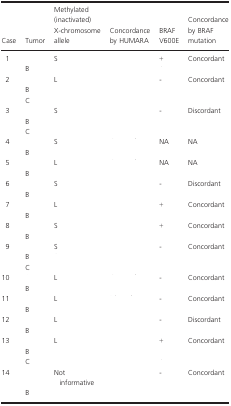
<table><thead><tr><td><b>Case</b></td><td><b>Tumor</b></td><td><b>Methylated (inactivated) X-chromosome allele</b></td><td><b>Concordance by HUMARA</b></td><td><b>BRAF V600E</b></td><td><b>Concordance by BRAF mutation</b></td></tr></thead><tbody><tr><td rowspan="2">1</td><td>[EMPTY_CELL]</td><td>S</td><td>[EMPTY_CELL]</td><td>+</td><td>Concordant</td></tr><tr><td>B</td><td>[EMPTY_CELL]</td><td>[EMPTY_CELL]</td><td>[EMPTY_CELL]</td><td>[EMPTY_CELL]</td></tr><tr><td rowspan="3">2</td><td>[EMPTY_CELL]</td><td>L</td><td>[EMPTY_CELL]</td><td>-</td><td>Concordant</td></tr><tr><td>B</td><td>[EMPTY_CELL]</td><td>[EMPTY_CELL]</td><td>[EMPTY_CELL]</td><td>[EMPTY_CELL]</td></tr><tr><td>C</td><td>[EMPTY_CELL]</td><td>[EMPTY_CELL]</td><td>[EMPTY_CELL]</td><td>[EMPTY_CELL]</td></tr><tr><td rowspan="3">3</td><td>[EMPTY_CELL]</td><td>S</td><td>[EMPTY_CELL]</td><td>-</td><td>Discordant</td></tr><tr><td>B</td><td>[EMPTY_CELL]</td><td>[EMPTY_CELL]</td><td>[EMPTY_CELL]</td><td>[EMPTY_CELL]</td></tr><tr><td>C</td><td>[EMPTY_CELL]</td><td>[EMPTY_CELL]</td><td>[EMPTY_CELL]</td><td>[EMPTY_CELL]</td></tr><tr><td rowspan="2">4</td><td>[EMPTY_CELL]</td><td>S</td><td>[EMPTY_CELL]</td><td>NA</td><td>NA</td></tr><tr><td>B</td><td>[EMPTY_CELL]</td><td>[EMPTY_CELL]</td><td>[EMPTY_CELL]</td><td>[EMPTY_CELL]</td></tr><tr><td rowspan="2">5</td><td>[EMPTY_CELL]</td><td>L</td><td>[EMPTY_CELL]</td><td>NA</td><td>NA</td></tr><tr><td>B</td><td>[EMPTY_CELL]</td><td>[EMPTY_CELL]</td><td>[EMPTY_CELL]</td><td>[EMPTY_CELL]</td></tr><tr><td rowspan="2">6</td><td>[EMPTY_CELL]</td><td>S</td><td>[EMPTY_CELL]</td><td>-</td><td>Discordant</td></tr><tr><td>B</td><td>[EMPTY_CELL]</td><td>[EMPTY_CELL]</td><td>[EMPTY_CELL]</td><td>[EMPTY_CELL]</td></tr><tr><td rowspan="2">7</td><td>[EMPTY_CELL]</td><td>L</td><td>[EMPTY_CELL]</td><td>+</td><td>Concordant</td></tr><tr><td>B</td><td>[EMPTY_CELL]</td><td>[EMPTY_CELL]</td><td>[EMPTY_CELL]</td><td>[EMPTY_CELL]</td></tr><tr><td rowspan="2">8</td><td>[EMPTY_CELL]</td><td>S</td><td>[EMPTY_CELL]</td><td>+</td><td>Concordant</td></tr><tr><td>B</td><td>[EMPTY_CELL]</td><td>[EMPTY_CELL]</td><td>[EMPTY_CELL]</td><td>[EMPTY_CELL]</td></tr><tr><td rowspan="3">9</td><td>[EMPTY_CELL]</td><td>S</td><td>[EMPTY_CELL]</td><td>-</td><td>Concordant</td></tr><tr><td>B</td><td>[EMPTY_CELL]</td><td>[EMPTY_CELL]</td><td>[EMPTY_CELL]</td><td>[EMPTY_CELL]</td></tr><tr><td>C</td><td>[EMPTY_CELL]</td><td>[EMPTY_CELL]</td><td>[EMPTY_CELL]</td><td>[EMPTY_CELL]</td></tr><tr><td rowspan="2">10</td><td>[EMPTY_CELL]</td><td>L</td><td>[EMPTY_CELL]</td><td>-</td><td>Concordant</td></tr><tr><td>B</td><td>[EMPTY_CELL]</td><td>[EMPTY_CELL]</td><td>[EMPTY_CELL]</td><td>[EMPTY_CELL]</td></tr><tr><td rowspan="2">11</td><td>[EMPTY_CELL]</td><td>L</td><td>[EMPTY_CELL]</td><td>-</td><td>Concordant</td></tr><tr><td>B</td><td>[EMPTY_CELL]</td><td>[EMPTY_CELL]</td><td>[EMPTY_CELL]</td><td>[EMPTY_CELL]</td></tr><tr><td rowspan="2">12</td><td>[EMPTY_CELL]</td><td>L</td><td>[EMPTY_CELL]</td><td>-</td><td>Discordant</td></tr><tr><td>B</td><td>[EMPTY_CELL]</td><td>[EMPTY_CELL]</td><td>[EMPTY_CELL]</td><td>[EMPTY_CELL]</td></tr><tr><td rowspan="3">13</td><td>[EMPTY_CELL]</td><td>L</td><td>[EMPTY_CELL]</td><td>+</td><td>Concordant</td></tr><tr><td>B</td><td>[EMPTY_CELL]</td><td>[EMPTY_CELL]</td><td>[EMPTY_CELL]</td><td>[EMPTY_CELL]</td></tr><tr><td>C</td><td>[EMPTY_CELL]</td><td>[EMPTY_CELL]</td><td>[EMPTY_CELL]</td><td>[EMPTY_CELL]</td></tr><tr><td rowspan="2">14</td><td>[EMPTY_CELL]</td><td>Not informative</td><td>[EMPTY_CELL]</td><td>-</td><td>Concordant</td></tr><tr><td>B</td><td>[EMPTY_CELL]</td><td>[EMPTY_CELL]</td><td>[EMPTY_CELL]</td><td>[EMPTY_CELL]</td></tr></tbody></table>